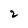
Character: 2